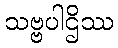
သဗ္ဗပါဌိဿ